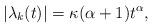
LaTeX: \begin{align*} |\lambda_k(t)| = \kappa(\alpha+1)t^\alpha,\end{align*}